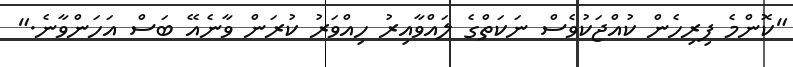
"ކޮންމެ ފިރިހެން ކުއްޖަކުވެސް ނަކަތްގެ ލައްވާއިރު ހިއްވަރު ކުރަން ވާނެއޭ ބަސް އަހަންވާނެ."